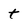
Character: t